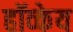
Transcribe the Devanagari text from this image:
हॉव्केय